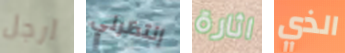
ارجل إنتظرني اثارة الذي